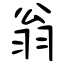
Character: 翁